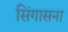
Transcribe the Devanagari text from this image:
सिंगासना